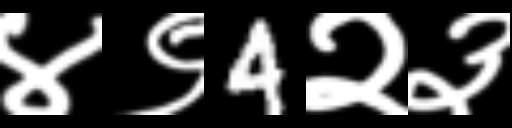
Text: ४९4२३